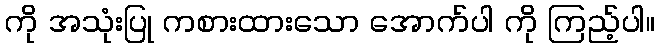
ကို အသုံးပြု ကစားထားသော အောက်ပါ ကို ကြည့်ပါ။